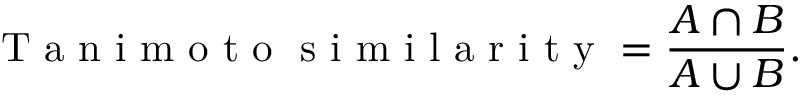
\mathrm { ~ T ~ a ~ n ~ i ~ m ~ o ~ t ~ o ~ \ s ~ i ~ m ~ i ~ l ~ a ~ r ~ i ~ t ~ y ~ } = \frac { A \cap B } { A \cup B } .